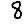
Digit: 8